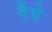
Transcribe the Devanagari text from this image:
वैद्ये